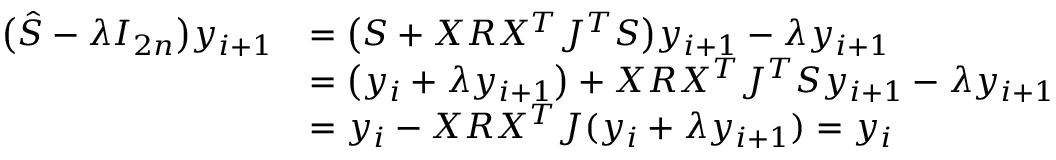
\begin{array} { r l } { \big ( \hat { S } - \lambda I _ { 2 n } \big ) y _ { i + 1 } } & { = \big ( S + X R X ^ { T } J ^ { T } S \big ) y _ { i + 1 } - \lambda y _ { i + 1 } } \\ & { = \big ( y _ { i } + \lambda y _ { i + 1 } \big ) + X R X ^ { T } J ^ { T } S y _ { i + 1 } - \lambda y _ { i + 1 } } \\ & { = y _ { i } - X R X ^ { T } J ( y _ { i } + \lambda y _ { i + 1 } ) = y _ { i } } \end{array}